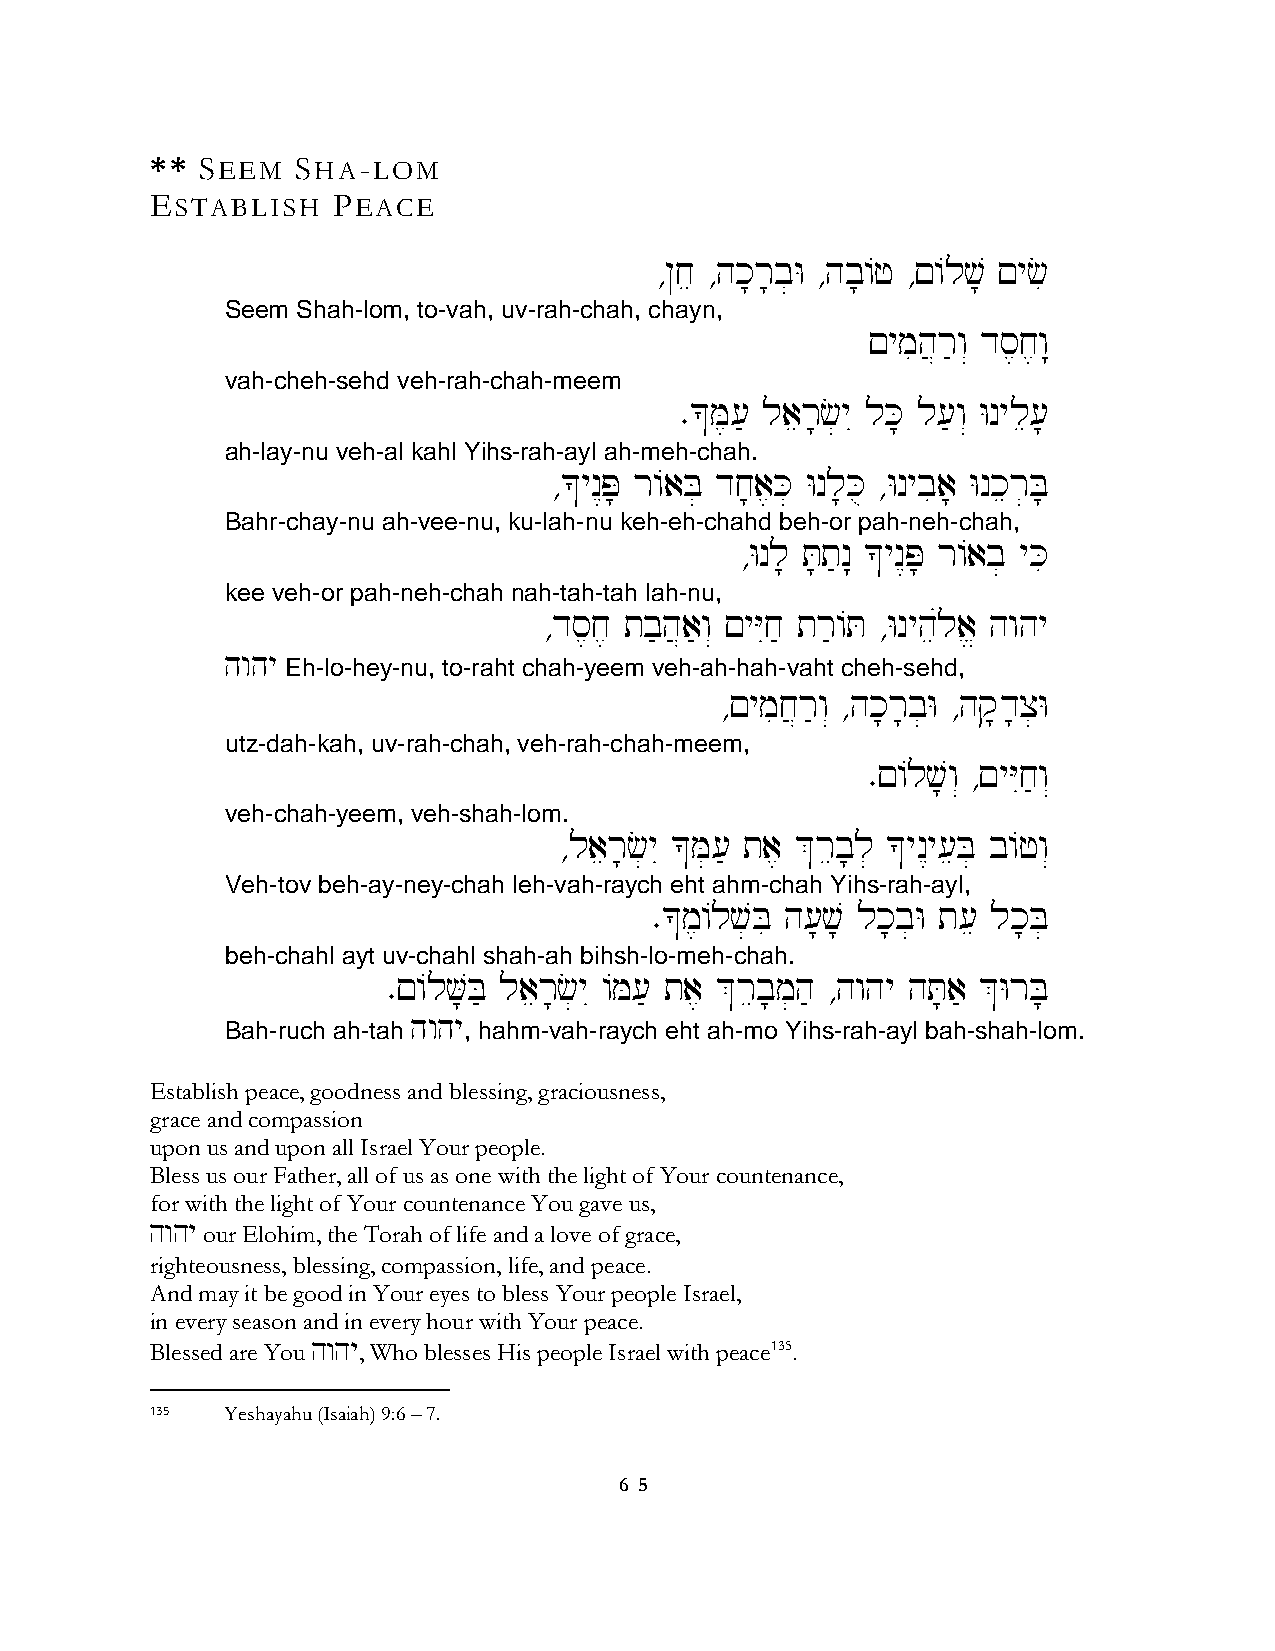
** SEEM   SHA-LOM
 ESTABLISH   PEACE
 ∆@je ∆hk;r;b]W ∆hb;/f ∆!/lv; !yci
 Seem Shah-lom, to-vah, uv-rah-chah, chayn,
 !ymih}r'w“ ds,j,w:
 vah-cheh-sehd veh-rah-chah-meem
 ∑*M,[' laer;c]yI lK; l['w“ Wnyle[;
 ah-lay-nu veh-al kahl Yihs-rah-ayl ah-meh-chah.
 ∆*yn<P; r/aB] dj;a,K] Wnl;Ku ∆Wnybia; Wnker]B;
 Bahr-chay-nu ah-vee-nu, ku-lah-nu keh-eh-chahd beh-or pah-neh-chah,
 ∆Wnl; T;t'n: *yn<P; r/ab] yKi
 kee veh-or pah-neh-chah nah-tah-tah lah-nu,
 ∆ds,j, tb'h}a'w“ !yYIj' tr'/T ∆Wnyheúla> hwhy
 hwhy
 Eh-lo-hey-nu, to-raht chah-yeem veh-ah-hah-vaht cheh-sehd,
 ∆!ymij}r'w“ ∆hk;r;b]W ∆hq;d;x]W
 utz-dah-kah, uv-rah-chah, veh-rah-chah-meem,
 ∑!/lv;w“ ∆!yYIj'w“
 veh-chah-yeem, veh-shah-lom.
 ∆laer;c]yI *M][' ta, &reb;l] *yn<y[eB] b/fw“
 Veh-tov beh-ay-ney-chah leh-vah-raych eht ahm-chah Yihs-rah-ayl,
 ∑*m,/lv]Bi h[;v; lk;b]W t[e lk;B]
 beh-chahl ayt uv-chahl shah-ah bihsh-lo-meh-chah.
 ∑!/lV;B' laer;c]yI /M[' ta, &reb;m]h' ∆hwhy hT;a' &WrB;
 hwhy
 Bah-ruch ah-tah , hahm-vah-raych eht ah-mo Yihs-rah-ayl bah-shah-lom.
 Establish peace, goodness and blessing, graciousness,
 grace and compassion
 upon us and upon all Israel Your people.
 Bless us our Father, all of us as one with the light of Your countenance,
 for with the light of Your countenance You gave us,
 hwhy our Elohim, the Torah of life and a love of grace,
 righteousness, blessing, compassion, life, and peace.
 And may it be good in Your eyes to bless Your people Israel,
 in every season and in every hour with Your peace.
 Blessed are You hwhy, Who blesses His people Israel with peace135.
 135  Yeshayahu (Isaiah) 9:6 – 7.
 6 5